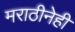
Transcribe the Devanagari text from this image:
मराठीनेही